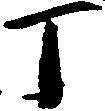
丁